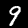
Digit: 9